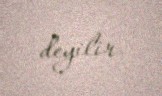
deyilir.